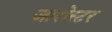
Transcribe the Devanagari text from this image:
जारोस्टर